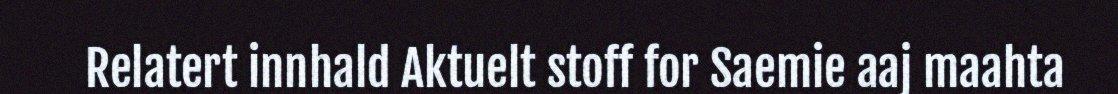
Relatert innhald Aktuelt stoff for Saemie aaj maahta